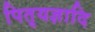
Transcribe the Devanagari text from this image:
पितृयज्ञादि